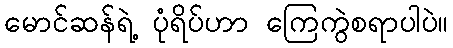
မောင်ဆန်ရဲ့ ပုံရိပ်ဟာ ကြေကွဲစရာပါပဲ။